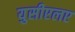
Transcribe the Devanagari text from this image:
युसीएलए